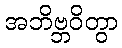
အဘိဗ္ဘဝိတွာ